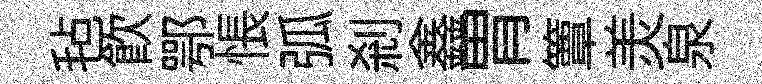
毡飲鄂悵弧剎鑫胃簟羙泉